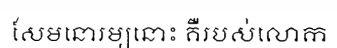
សែមនោរម្យនោះ គឺរបស់លោក